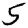
Digit: 5